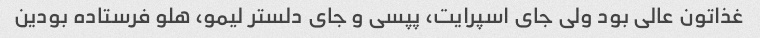
غذاتون عالی بود ولی جای اسپرایت، پپسی و جای دلستر لیمو، هلو فرستاده بودین